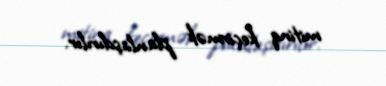
mitinq keçirmək planlaşdırılır.